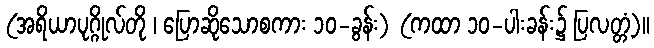
(အရိယာပုဂ္ဂိုလ်တို ၊ ပြောဆိုသောစကား ၁၀-ခွန်း) (ကထာ ၁၀-ပါးခန်း၌ ပြလတ္တံ့)။